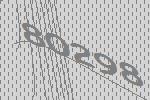
80298